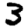
Digit: 3